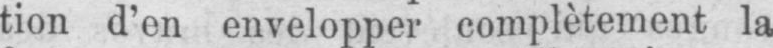
tion d’en envelopper complètement la